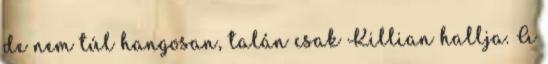
de nem túl hangosan, talán csak Killian hallja. A